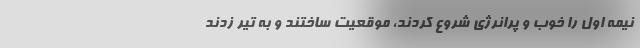
نیمه اول را خوب و پرانرژی شروع کردند، موقعیت ساختند و به تیر زدند